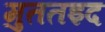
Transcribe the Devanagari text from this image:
मुततइद